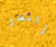
زاندر